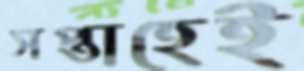
সপ্তাহেই